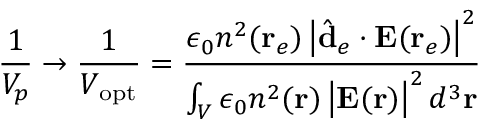
\frac { 1 } { V _ { p } } \rightarrow \frac { 1 } { V _ { \mathrm { o p t } } } = \frac { \epsilon _ { 0 } n ^ { 2 } ( \mathbf { r } _ { e } ) \left| \hat { \mathbf { d } } _ { e } \cdot \mathbf { E } ( \mathbf { r } _ { e } ) \right| ^ { 2 } } { \int _ { V } \epsilon _ { 0 } n ^ { 2 } ( \mathbf { r } ) \left| \mathbf { E } ( \mathbf { r } ) \right| ^ { 2 } d ^ { 3 } \mathbf { r } }